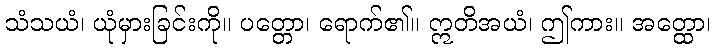
သံသယံ၊ ယုံမှားခြင်းကို။ ပတ္တော၊ ရောက်၏။ ဣတိအယံ၊ ဤကား။ အတ္ထော၊